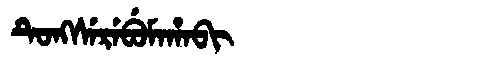
Manchu: ᡨᡠᠩᠰᡝᡵᡝᠪᡠᠮᠠᡥᠠᠪᡳ
Romanization: TUNGSEREBUMAHABI